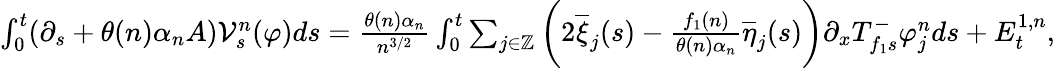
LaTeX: \begin{array}{r}{\int_{0}^{t}(\partial_{s}+\theta(n)\alpha_{n}A)\mathcal{V}_{s}^{n}(\varphi)ds=\frac{\theta(n)\alpha_{n}}{n^{3/2}}\int_{0}^{t}\sum_{j\in\mathbb{Z}}\bigg(2\overline{{\xi}}_{j}(s)-\frac{f_{1}(n)}{\theta(n)\alpha_{n}}\overline{{\eta}}_{j}(s)\bigg)\partial_{x}T_{f_{1}s}^{-}\varphi_{j}^{n}ds+E_{t}^{1,n},}\end{array}